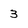
Character: 3